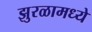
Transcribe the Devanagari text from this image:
झुरळामध्ये